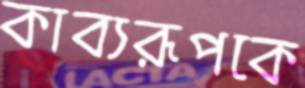
কাব্যরূপকে